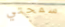
سمحتي